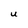
Character: U